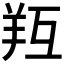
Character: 𦍞